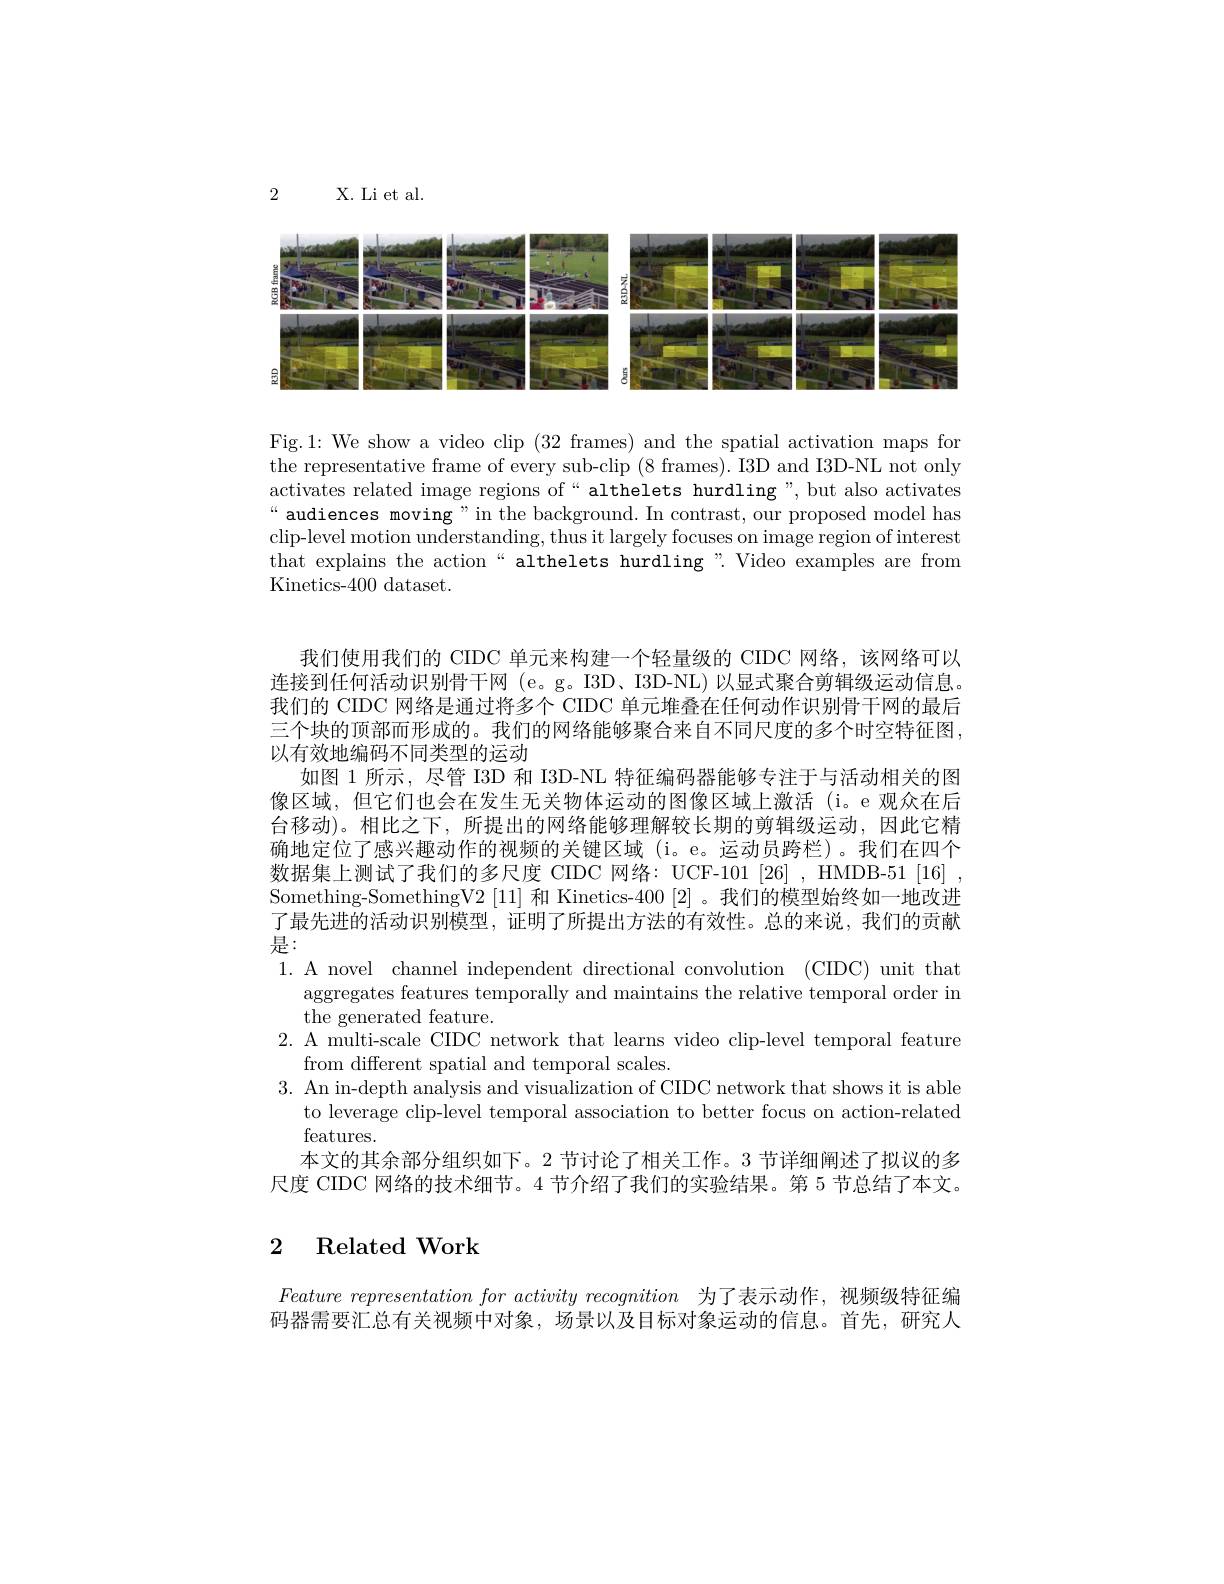
2

X. Li et al

<FigureHere>

Fig.1: We show a video clip (32 frames) and the spatial activation maps for the representative frame of every sub-clip (8 frames). I3D and I3D-NL not only activates related image regions of“althelets hurdling”,but also activates “audiences moving”in the background. In contrast, our proposed model has clip-level motion understanding, thus it largely focuses on image region of interest that explains the action“althelets hurdling”.Video examples are from Kinetics-400 dataset.

我们使用我们的 CIDC 单元来构建一个轻量级的 CIDC 网络，该网络可以连接到任何活动识别骨干网 (e。g。I3D、I3D-NL) 以显式聚合剪辑级运动信息。我们的 CIDC 网络是通过将多个 CIDC 单元堆叠在任何动作识别骨干网的最后三个块的顶部而形成的。我们的网络能够聚合来自不同尺度的多个时空特征图以有效地编码不同类型的运动
如图 1 所示，尽管 I3D 和 I3D-NL 特征编码器能够专注于与活动相关的图像区域，但它们也会在发生无关物体运动的图像区域上激活(i。e观众在后台移动)。相比之下，所提出的网络能够理解较长期的剪辑级运动，因此它精确地定位了感兴趣动作的视频的关键区域(i。e。运动员跨栏)。我们在四个数据集上测试了我们的多尺度 CIDC 网络：UCF-101 [26] , HMDB-51 [16] Something-SomethingV2 [11]和 Kinetics-400 [2] 。我们的模型始终如一地改进了最先进的活动识别模型，证明了所提出方法的有效性。总的来说，我们的贡献是：
1.A novel channel independent directional convolution (CIDC) unit that
aggregates features temporally and maintains the relative temporal order in
the generated feature.
2. A multi-scale CIDC network that learns video clip-level temporal feature
from different spatial and temporal scales.
3. An in-depth analysis and visualization of CIDC network that shows it is able
to leverage clip-level temporal association to better focus on action-related
features.
本文的其余部分组织如下。2 节讨论了相关工作。3 节详细阐述了拟议的多尺度 CIDC 网络的技术细节。4 节介绍了我们的实验结果。第 5 节总结了本文。

## 2 Related Work

Feature representation for activity recognition 为了表示动作，视频级特征编码器需要汇总有关视频中对象，场景以及目标对象运动的信息。首先，研究人